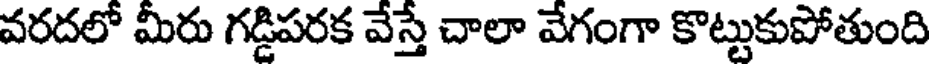
వరదలో మీరు గడ్డిపరక వేస్తే చాలా వేగంగా కొట్టుకుపోతుంది